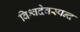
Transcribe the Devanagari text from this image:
विश्वदेवस्पन्द